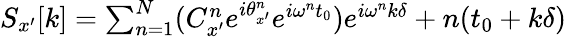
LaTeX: \begin{array}{r}{S_{x^{\prime}}[k]=\sum_{n=1}^{N}(C_{x^{\prime}}^{n}e^{i\theta_{x^{\prime}}^{n}}e^{i\omega^{n}t_{0}})e^{i\omega^{n}k\delta}+n(t_{0}+k\delta)}\end{array}